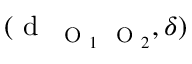
( \mathrm { ~ d ~ } _ { \mathrm { ~ \scriptsize ~ O ~ } _ { 1 } \mathrm { ~ \scriptsize ~ O ~ } _ { 2 } } , \delta )